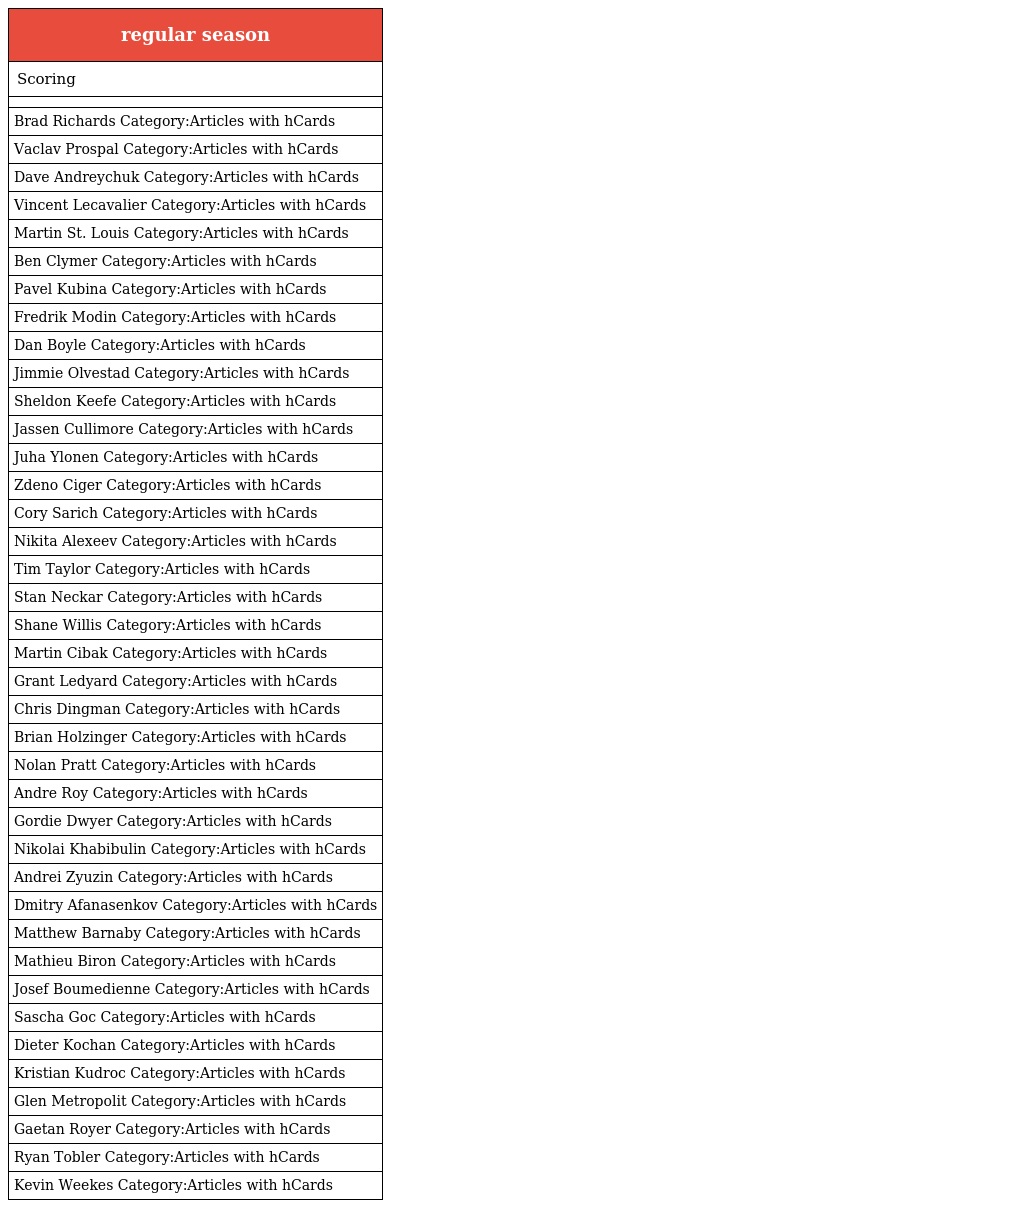
| regular season |
 | --- |
 | Scoring |
 |  |
 | Brad Richards Category:Articles with hCards |
 | Vaclav Prospal Category:Articles with hCards |
 | Dave Andreychuk Category:Articles with hCards |
 | Vincent Lecavalier Category:Articles with hCards |
 | Martin St. Louis Category:Articles with hCards |
 | Ben Clymer Category:Articles with hCards |
 | Pavel Kubina Category:Articles with hCards |
 | Fredrik Modin Category:Articles with hCards |
 | Dan Boyle Category:Articles with hCards |
 | Jimmie Olvestad Category:Articles with hCards |
 | Sheldon Keefe Category:Articles with hCards |
 | Jassen Cullimore Category:Articles with hCards |
 | Juha Ylonen Category:Articles with hCards |
 | Zdeno Ciger Category:Articles with hCards |
 | Cory Sarich Category:Articles with hCards |
 | Nikita Alexeev Category:Articles with hCards |
 | Tim Taylor Category:Articles with hCards |
 | Stan Neckar Category:Articles with hCards |
 | Shane Willis Category:Articles with hCards |
 | Martin Cibak Category:Articles with hCards |
 | Grant Ledyard Category:Articles with hCards |
 | Chris Dingman Category:Articles with hCards |
 | Brian Holzinger Category:Articles with hCards |
 | Nolan Pratt Category:Articles with hCards |
 | Andre Roy Category:Articles with hCards |
 | Gordie Dwyer Category:Articles with hCards |
 | Nikolai Khabibulin Category:Articles with hCards |
 | Andrei Zyuzin Category:Articles with hCards |
 | Dmitry Afanasenkov Category:Articles with hCards |
 | Matthew Barnaby Category:Articles with hCards |
 | Mathieu Biron Category:Articles with hCards |
 | Josef Boumedienne Category:Articles with hCards |
 | Sascha Goc Category:Articles with hCards |
 | Dieter Kochan Category:Articles with hCards |
 | Kristian Kudroc Category:Articles with hCards |
 | Glen Metropolit Category:Articles with hCards |
 | Gaetan Royer Category:Articles with hCards |
 | Ryan Tobler Category:Articles with hCards |
 | Kevin Weekes Category:Articles with hCards |